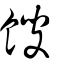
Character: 餿